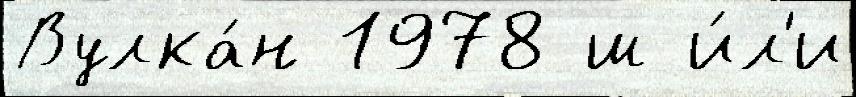
Вулка́н 1978 ш и́л'и